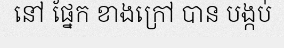
នៅ ផ្នែក ខាងក្រៅ បាន បង្កប់